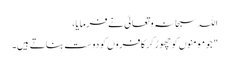
اللہ سبحانہ و تعالیٰ نے فرمایا،
" جو مومنوں کو چھوڑ کر کافروں کو دوست بناتے ہیں۔